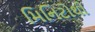
મિનિટોથી